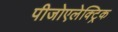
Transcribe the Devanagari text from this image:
पीजोएलेक्ट्रिक